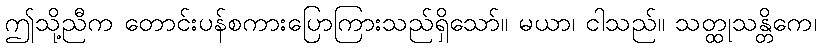
ဤသို့ညီက တောင်းပန်စကားပြောကြားသည်ရှိသော်။ မယာ၊ ငါသည်။ သတ္ထုသန္တိကေ၊